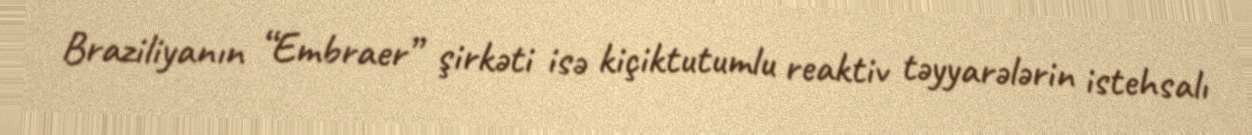
Braziliyanın “Embraer” şirkəti isə kiçiktutumlu reaktiv təyyarələrin istehsalı